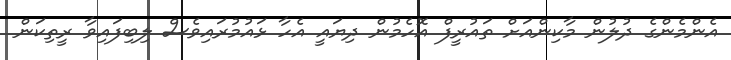
އެންމެންގެ ދުލުން މާކިންއަށް ތައުރީފް އޮހެމުން ދިޔައީ އެހާ ޅައުމުރައިވެސް ލިބިފައިވާ ރީތިކަން